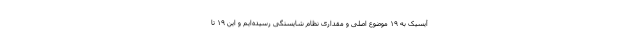
آیسیک به ۱۹ موضوع اصلی و مقداری نظام شایستگی رسیده‌ایم و این ۱۹ تا